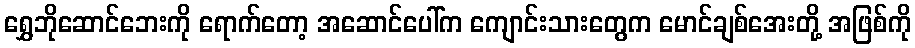
ရွှေဘိုဆောင်ဘေးကို ရောက်တော့ အဆောင်ပေါ်က ကျောင်းသားတွေက မောင်ချစ်အေးတို့ အဖြစ်ကို